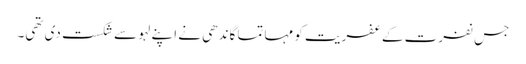
جس نفرت کے عفریت کو مہاتما گاندھی نے اپنے لہو سے شکست دی تھی۔